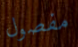
مفصول